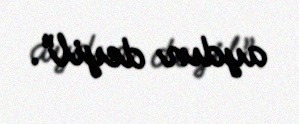
aydın deyil”.